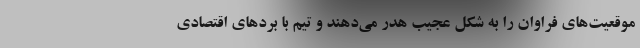
موقعیت‌های فراوان را به شکل عجیب هدر می‌دهند و تیم با بردهای اقتصادی